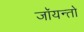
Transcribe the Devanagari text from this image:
जॉयन्तो